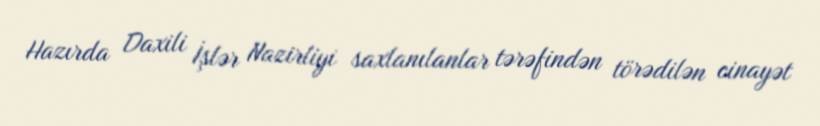
Hazırda Daxili İşlər Nazirliyi saxlanılanlar tərəfindən törədilən cinayət